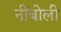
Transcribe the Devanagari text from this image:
नींबोली